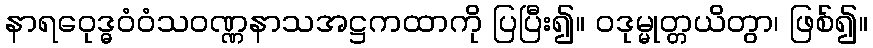
နာရဝေုဒ္ဓဝံဝံသဝဏ္ဏနာသအဋ္ဌကထာကို ပြပြီး၍။ ဝဒုမ္မုတ္တယိတွာ၊ ဖြစ်၍။